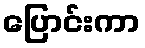
ပြောင်းကာ